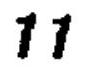
\(11\)